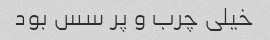
خیلی چرب و پر سس بود